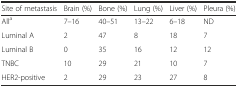
<table><thead><tr><td><b>Site of metastasis</b></td><td><b>Brain (%)</b></td><td><b>Bone (%)</b></td><td><b>Lung (%)</b></td><td><b>Liver (%)</b></td><td><b>Pleura (%)</b></td></tr></thead><tbody><tr><td>All<sup>a</sup></td><td>7–16</td><td>40–51</td><td>13–22</td><td>6–18</td><td>ND</td></tr><tr><td>Luminal A</td><td>2</td><td>47</td><td>8</td><td>18</td><td>7</td></tr><tr><td>Luminal B</td><td>0</td><td>35</td><td>16</td><td>12</td><td>12</td></tr><tr><td>TNBC</td><td>10</td><td>29</td><td>21</td><td>10</td><td>7</td></tr><tr><td>HER2-positive</td><td>2</td><td>29</td><td>23</td><td>27</td><td>8</td></tr></tbody></table>